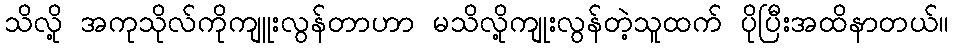
သိလို့ အကုသိုလ်ကိုကျူးလွန်တာဟာ မသိလို့ကျုးလွန်တဲ့သူထက် ပိုပြီးအထိနာတယ်။